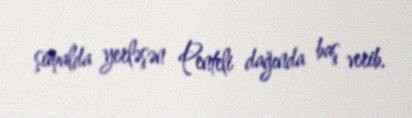
şimalda yerləşən Penteli dağında baş verib.